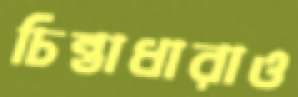
চিন্তাধারাও